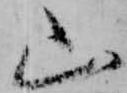
山